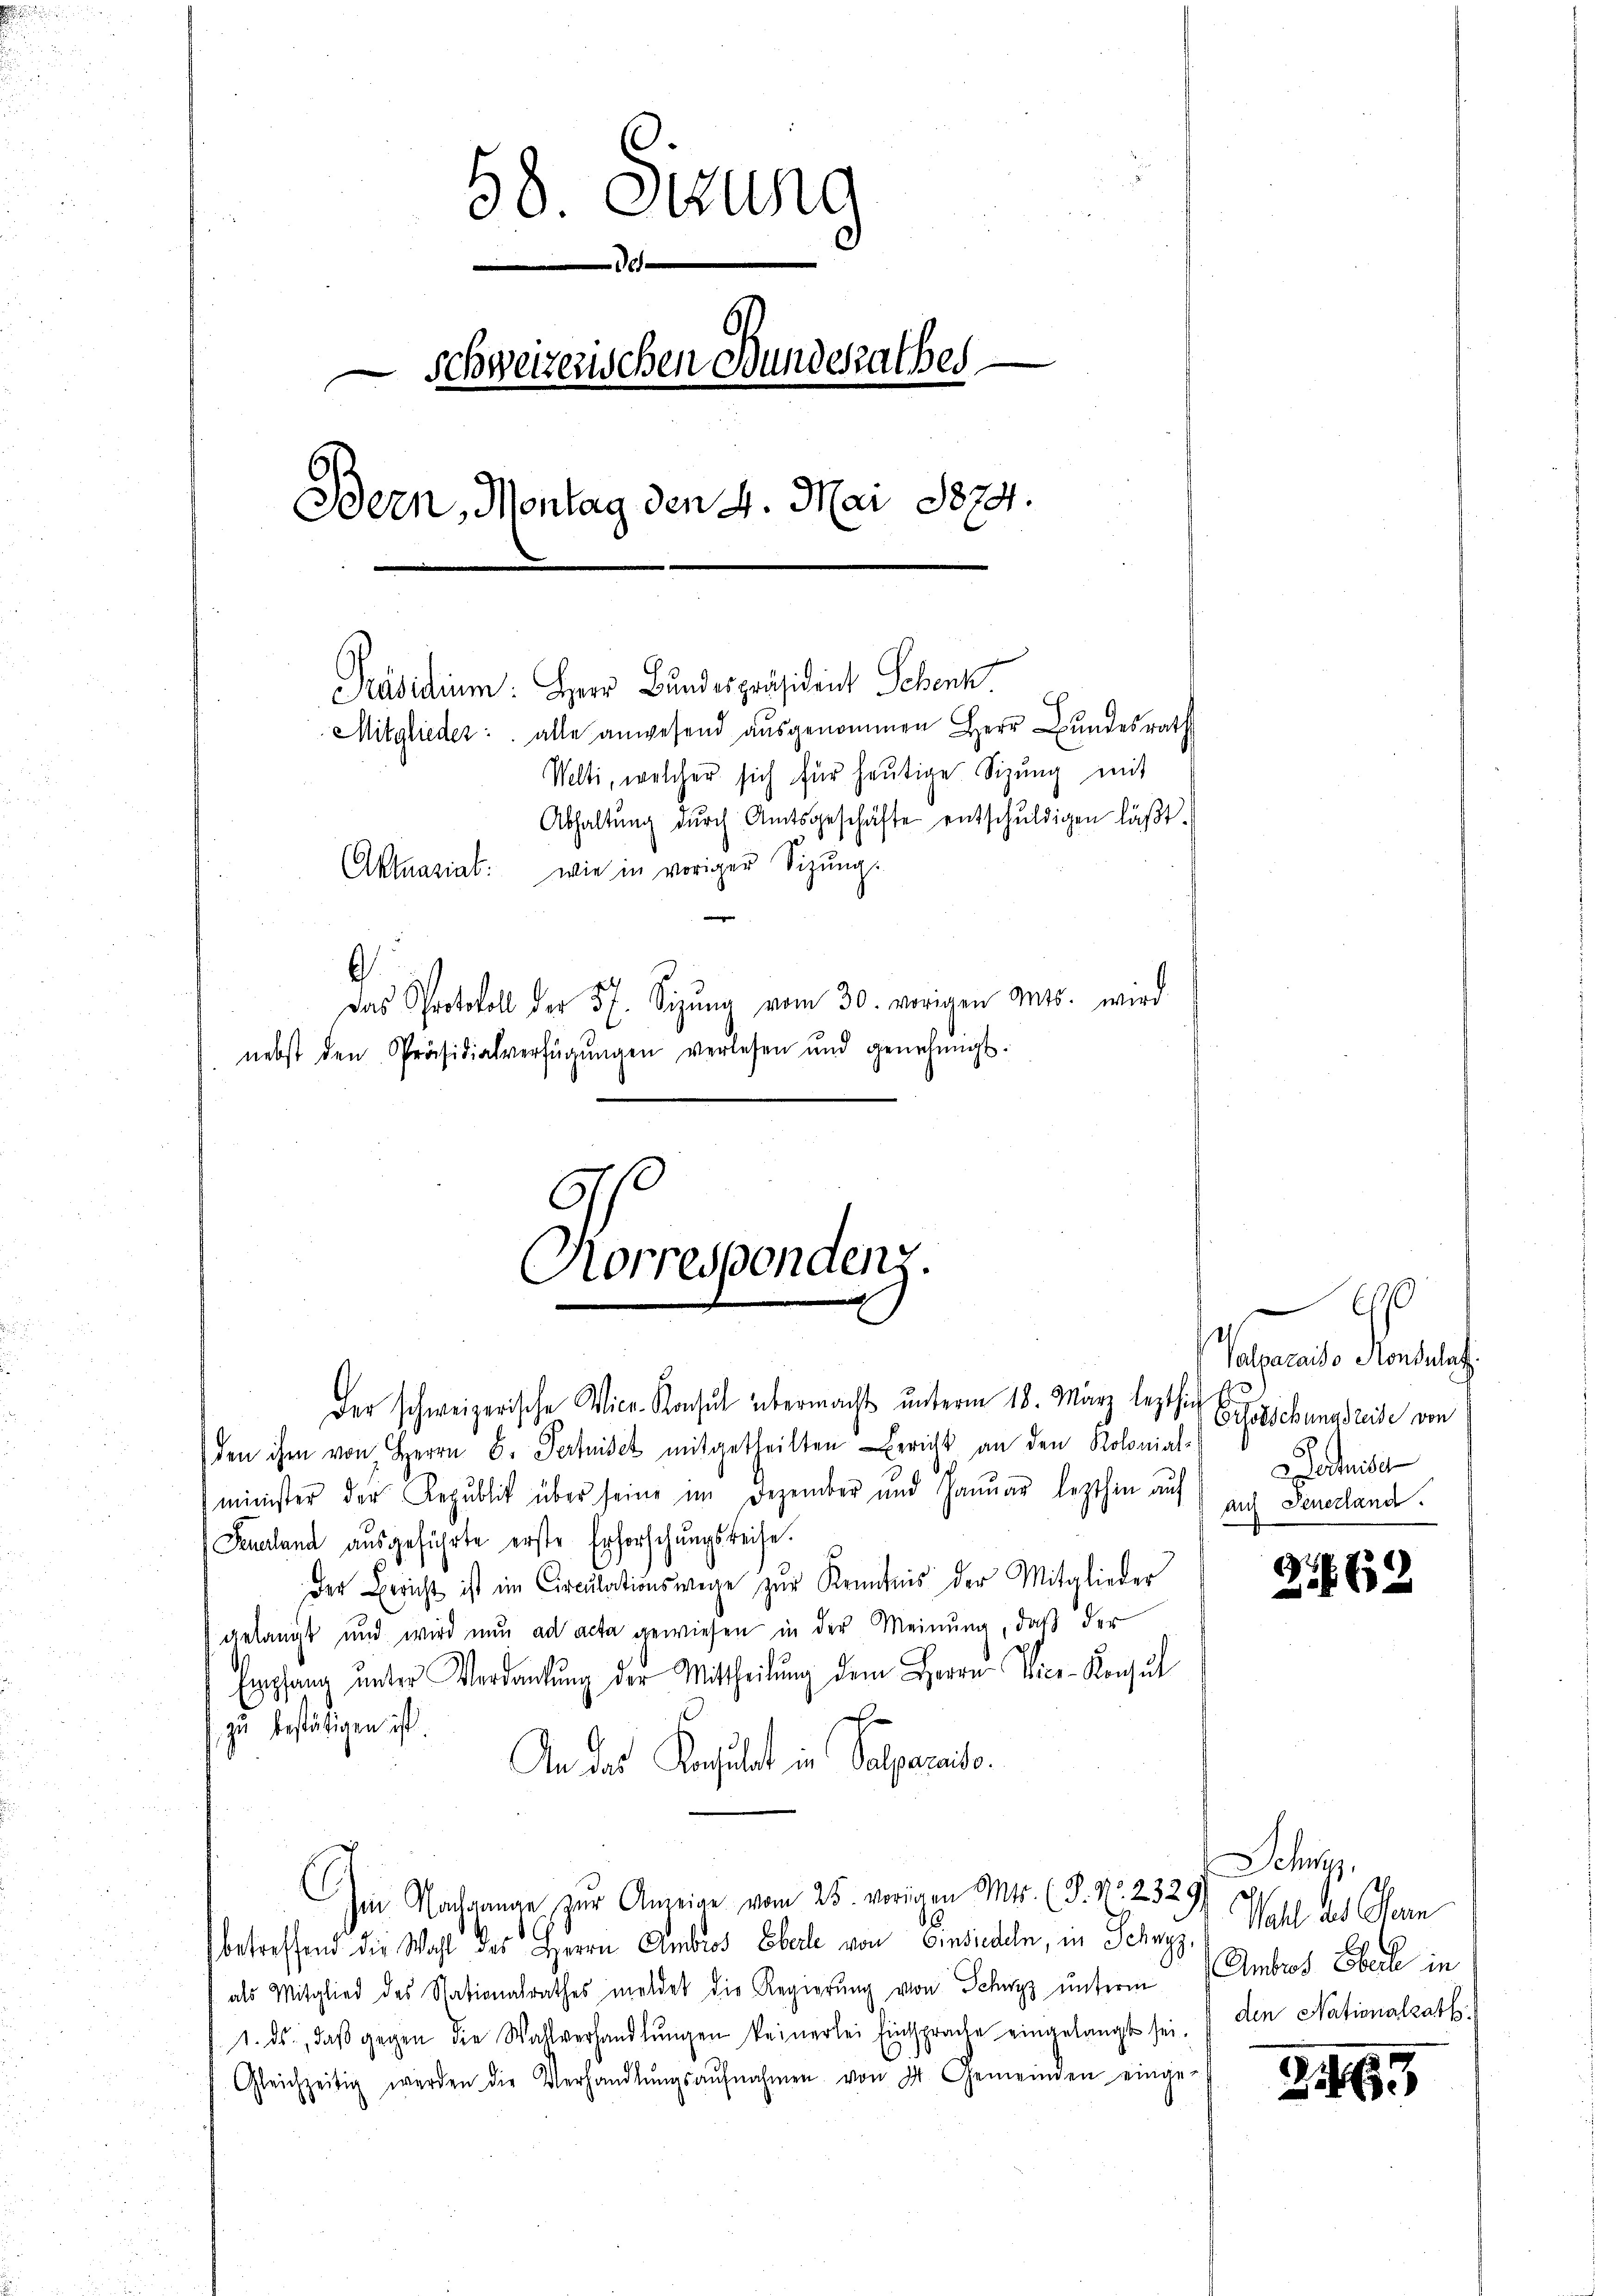
58. Sitzung
e
— Schweizerischen Bundesrathes
Bern, Montag den 4. Mai 1874.
Präsidium. Herr Bundespräsident Schenz
Mitglieder: alle anwesend aŭsgenommen Herr Bŭndesrath
Welti, welcher sich für heutige Sizung mit
Abhaltŭng dŭrch Amtsgeschäfte entschŭldigen läβt.
Aktnasial: wie in voriger Sitzŭngs
e
.
Das Protokoll der 57. Sitzŭng vom 30. vorigen Mts. wird
nebst den Präsidialverfügŭngen verlesen und genehmigt.

Norresponden

der schweizerische Vice-Konsul übermacht ŭnterm 18. März lezthin
den ihm von Herrn B. Fertise mitgetheilten Bericht an den Kolonial-
minister der Republik über seine im Dezember und Januar lezthin auf auch Generland.
Feuerland ausgeführte erste Erforschungsreise.
Der Bericht ist im Circulationswege zur Kenntnis der Mitglieder
gelangt und wird nun ad acta gewiesen in der Meinung, daß der
Empfang unter Verdankung der Mittheilung dem Herrn Vice-Konsul
zu bestätigen ist.
An das Konsulat in Palgarito.
Im Nachgange zur Anzeige vom 25. vorigen Mts. (P. Nr. 2329
6
betreffend die Wahl des Herrn Ambros Eberle von Einsiedeln, in Schwyz
als Mitglied des Nationalrathes meldet die Regierung von Schwyz unterm
1. ds., daβ gegen die Wahlverhandlŭngen keinerlei Einsprache eingelangt sei.
Gleichzeitig werden die Verhandlŭngsaŭfnahmen von 4. Gemeinden einge-

60
Valpacaito Rondulat
Eisschungsreise von
echise

21869

Schwyz,
Wahl als Obern
Ambros Eberle in
den Nationalrath

465